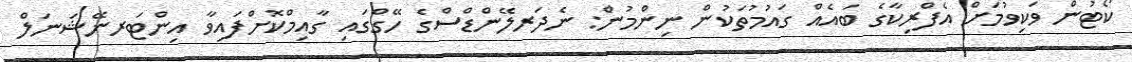
ކޯޓުން ވަކިވުމަށް އެފްރިކާގެ ބައެއް ގައުމުތަކުން ނިންމުން: ނެދަރލޭންޑްސްގެ ހޭގްގައި ގާއިމްކޮށްފައިވާ އިންޓަރނޭޝަނަލް